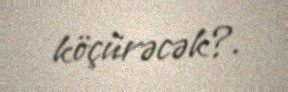
köçürəcək?.